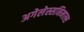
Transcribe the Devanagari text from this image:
अगेलेस्सनिमाल्स